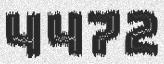
4472